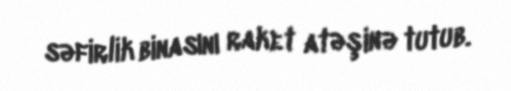
səfirlik binasını raket atəşinə tutub.